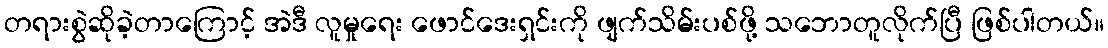
တရားစွဲဆိုခဲ့တာကြောင့် အဲဒီ လူမှုရေး ဖောင်ဒေးရှင်းကို ဖျက်သိမ်းပစ်ဖို့ သဘောတူလိုက်ပြီ ဖြစ်ပါတယ်။